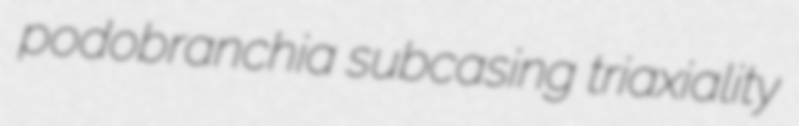
podobranchia subcasing triaxiality